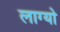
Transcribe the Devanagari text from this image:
लाग्यो